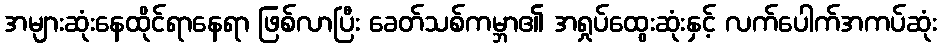
အများဆုံးနေထိုင်ရာနေရာ ဖြစ်လာပြီး ခေတ်သစ်ကမ္ဘာ၏ အရှုပ်ထွေးဆုံးနှင့် လက်ပေါက်အကပ်ဆုံး